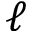
\ell